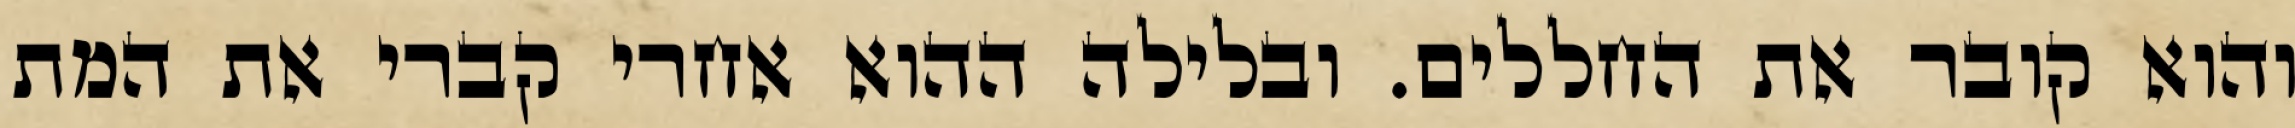
והוא קובר את החללים. ובלילה ההוא אחרי קברי את המת